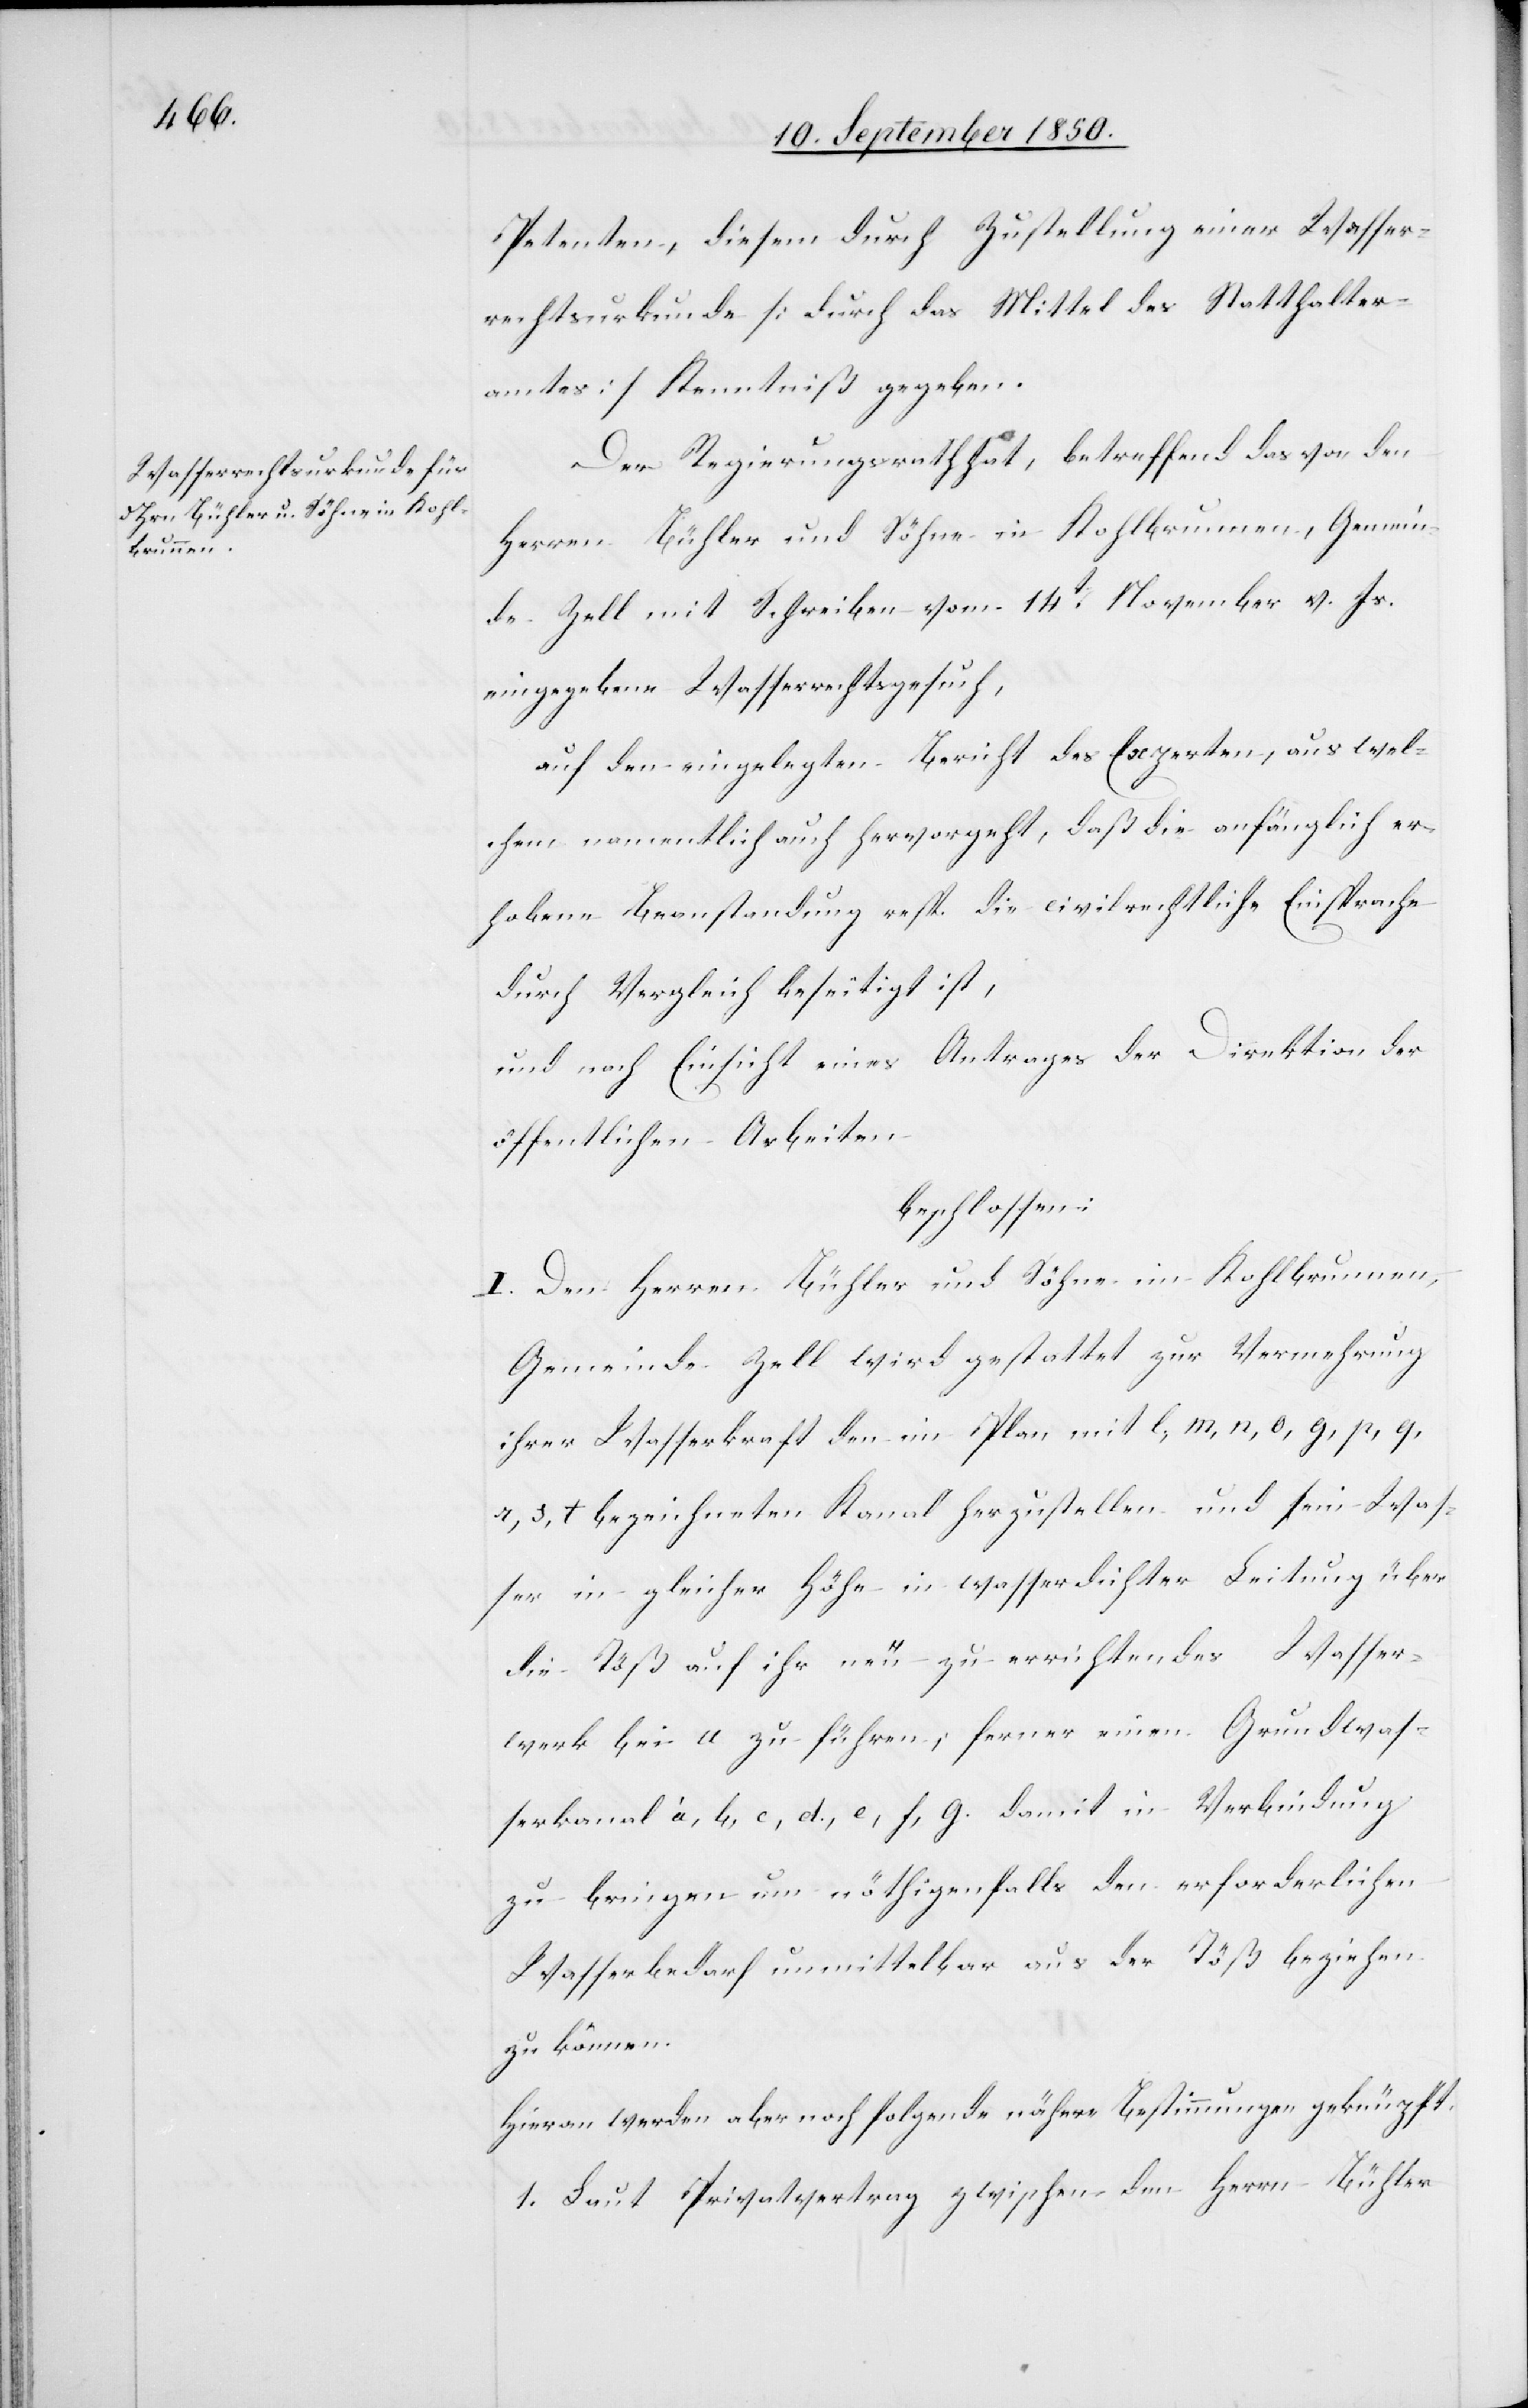
Petenten, diesem durch Zustellung einer Wasser¬
rechtsurkunde [durch das Mittel des Statthalter¬
amtes] Kenntniß gegeben.
Der Regierungsrath hat, betreffend das von den
Herren Bühler und Söhne in Kohlbrunnen, Gemein¬
de Zell mit Schreiben vom 14t November v. Js.
eingegebene Wasserrechtsgesuch,
auf den eingelegten Bericht des Experten, aus wel¬
chem namentlich auch hervorgeht, daß die anfänglich er¬
hobene Beanstandung resp. die civilrechtliche Einsprache
durch Vergleich beseitigt ist,
und nach Einsicht eines Antrages der Direktion der
öffentlichen Arbeiten
beschlossen:
I. Den Herren Bühler und Söhne im Kohlbrunnen,
Gemeinde Zell wird gestattet zur Vermehrung
ihrer Wasserkraft den im Plan mit l, m, n, o, p, q, r,
s, t bezeichneten Kanal herzustellen und sein Was¬
ser in gleicher Höhe in wasserdichter Leitung über
die Töß auf ihr neu zu errichtendes Wasser¬
werk bei u zu führen; ferner einen Grundwas¬
serkanal à, b, c, d., e, f, g. damit in Verbindung
zu bringen um nöthigenfalls den erforderlichen
Wasserbedarf unmittelbar aus der Töß beziehen
zu können.
Hieran werden aber noch folgende Bestimmungen geknüpft.
1. Laut Privatvertrag zwischen den Herrn Bühler